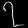
Digit: ၇